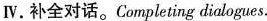
Ⅳ.补全对话。Completing dialogues.